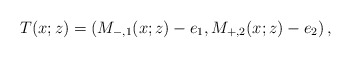
\begin{align*}T(x;z)=\left(M_{-,1}(x;z)-e_1, M_{+,2}(x;z)-e_2\right),\end{align*}